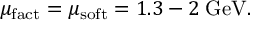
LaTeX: \mu _ { \mathrm { f a c t } } = \mu _ { \mathrm { s o f t } } = 1 . 3 - 2 \; \mathrm { G e V . }